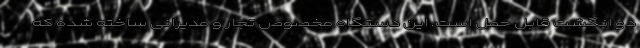
دو انگشت قابل حمل است. این دستگاه مخصوص تجار و مدیرانی ساخته شده که